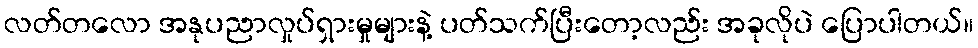
လတ်တလော အနုပညာလှုပ်ရှားမှုများနဲ့ ပတ်သက်ပြီးတော့လည်း အခုလိုပဲ ပြောပါတယ်။